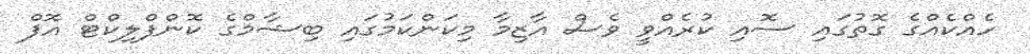
ހެއްކެއްގެ ގޮތުގައި ސޮއި ކުރެއްވީ ވެސް އާޒިމާ މިކަންކަމުގައި ބިޝާމްގެ ކޮންފްލިކްޓް އޮފް